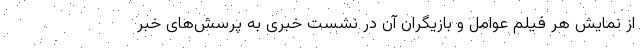
از نمایش هر فیلم عوامل و بازیگران آن در نشست خبری به پرسش‌های خبر